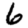
Digit: 6